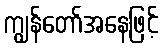
ကျွန်တော်အနေဖြင့်